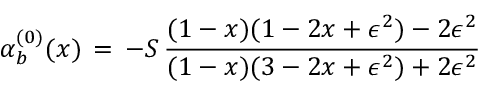
\alpha _ { b } ^ { ( 0 ) } ( x ) \, = \, - S \, { \frac { ( 1 - x ) ( 1 - 2 x + \epsilon ^ { 2 } ) - 2 \epsilon ^ { 2 } } { ( 1 - x ) ( 3 - 2 x + \epsilon ^ { 2 } ) + 2 \epsilon ^ { 2 } } }